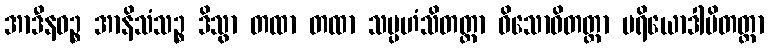
အာဒီနဝဉ္စ အာနိသံသဉ္စ ဒိသွာ တထာ တထာ သမ္ပဟံသိတတ္တာ ဝိသောဓိတတ္တာ ပရိယောဒါပိတတ္တာ